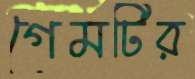
গেমটির